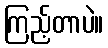
ကြည့်တာပဲ။